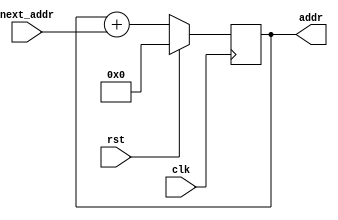

`timescale 1ns/1ns

module ProgramCounter(clk, rst, next_addr, addr);
    parameter memorySize = 16;
	input clk, rst;
	input [31:0] next_addr;
	output reg [31:0] addr;
	
	always @ (posedge clk) begin
		if (rst)
			addr <= 32'b0;
		else
			addr <= addr + next_addr;
	end
endmodule